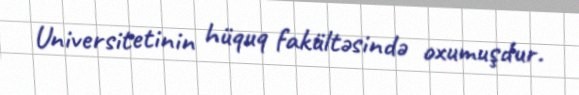
Universitetinin hüquq fakültəsində oxumuşdur.